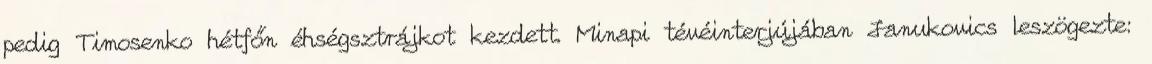
pedig Timosenko hétfőn éhségsztrájkot kezdett. Minapi tévéinterjújában Janukovics leszögezte: